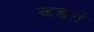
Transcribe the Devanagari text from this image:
व्हडलें